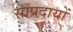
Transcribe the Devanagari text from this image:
सांप्रदायों